Annual administration and progress report of the Indian Medical Department, Bombay
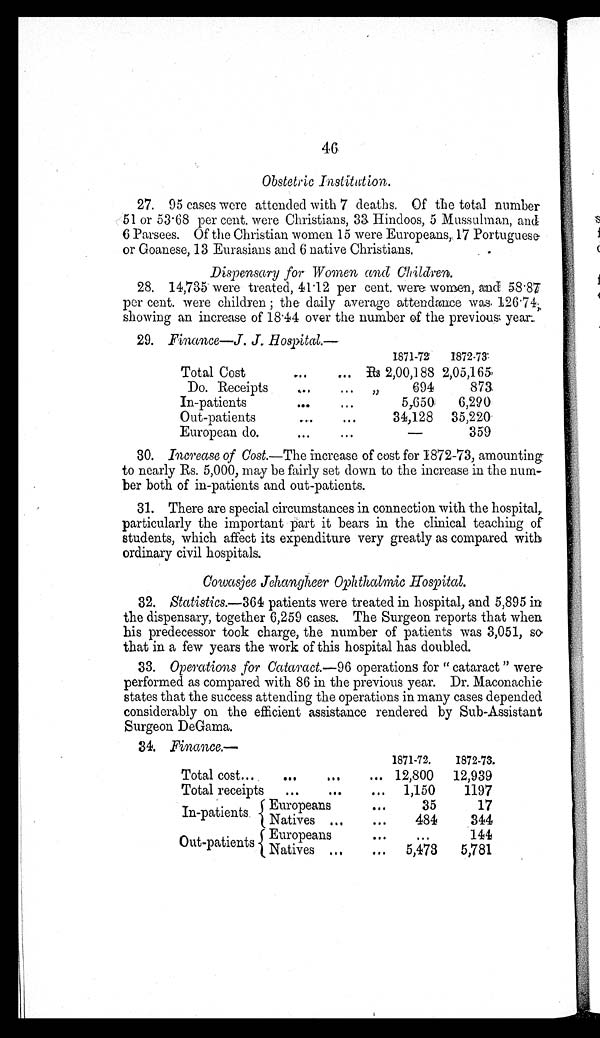
46
Obstetric Institution.
27. 95 cases were attended with 7 deaths. Of the total number
51 or 53.68 per cent. were Christians, 33 Hindoos, 5 Mussulman, and
6 Parsees. Of the Christian women 15 were Europeans, 17 Portuguese
or Goanese, 13 Eurasians and 6 native Christians.
Dispensary for Women and Children.
28. 14,735 were treated, 41.12 per cent. were women, and 58.87
p e r c e n t . w e r e c h i l d r e n ; t h e d a i l y a v e r a g e a t t e n d a n c e w a s 1 2 6 . 7 4 ,
showing an increase of 18.44 over the number of the previous year.
29. Finance—J. J. Hospital.—
1871-72 1872-73
Total Cost . . . Rs 2,00,188 2,05,165
Do. Receipts . . . "
694
873
In-patients . . .
5,650 6,290
Out-patients . . .
34,128 35,220
European do. . . .
—
359
30. Increase of Cost.— The increase of cost for 1872-73, amounting
to nearly Rs. 5,000, may be fairly set down to the increase in the num-
ber both of in-patients and out-patients.
31. There are special circumstances in connection with the hospital,
particularly the important part it bears in the clinical teaching of
students, which affect its expenditure very greatly as compared with
ordinary civil hospitals.
Cowasjee Jehangheer Ophthalmic Hospital.
32. Statistics.—364 patients were treated in hospital, and 5,895 in
the dispensary, together 6,259 cases. The Surgeon reports that when
his predecessor took charge, the number of patients was 3,051, so
that in a few years the work of this hospital has doubled.
33. Operations for Cataract.—96 operations for " cataract " were
performed as compared with 86 in the previous year. Dr. Maconachie
states that the success attending the operations in many cases depended
considerably on the efficient assistance rendered by Sub-Assistant
Surgeon DeGama.
34. Finance.—
1871-72. 1872-73.
Total cost . . . 12,800 12,939
Total receipts . . . 1,150
1197
In-patients Europeans . . .
35
17
N a t i v e s . . .
484
344
Out-patients Europeans . . .
. . .
144
Natives . . . 5,473 5,781